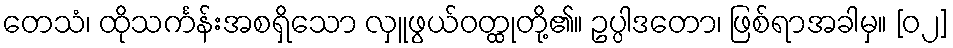
တေသံ၊ ထိုသင်္ကန်းအစရှိသော လှူဖွယ်ဝတ္ထုတို့၏။ ဥပ္ပါဒတော၊ ဖြစ်ရာအခါမှ။ [၀၂]